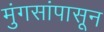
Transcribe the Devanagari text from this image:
मुंगसांपासून